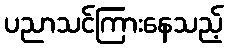
ပညာသင်ကြားနေသည့်